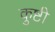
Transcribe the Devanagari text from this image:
कुष्टी